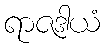
ရာဇဒါယံ